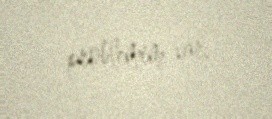
problemim var.